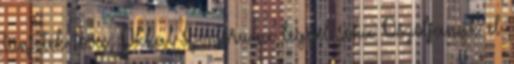
tünjetek tova, Okkal szomorú ne legyél soha Oszoljanak el